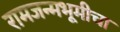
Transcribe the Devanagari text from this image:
रामजन्मभूमीचा